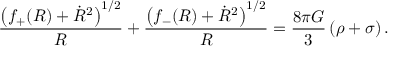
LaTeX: \frac { \left( f _ { + } ( R ) + \dot { R } ^ { 2 } \right) ^ { 1 / 2 } } { R } + \frac { \left( f _ { - } ( R ) + \dot { R } ^ { 2 } \right) ^ { 1 / 2 } } { R } = \frac { 8 \pi G } { 3 } \, ( \rho + \sigma ) \, .